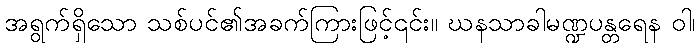
အရွက်ရှိသော သစ်ပင်၏အခက်ကြားဖြင့်၎င်း။ ဃနသာခါမဏ္ဍပန္တရေန ဝါ၊